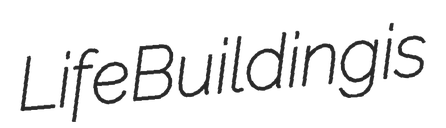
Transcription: Life Building is